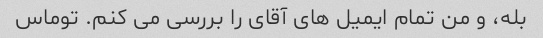
بله، و من تمام ایمیل های آقای را بررسی می کنم. توماس